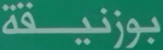
بوزنيقة